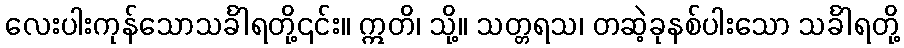
လေးပါးကုန်သောသင်္ခါရတို့၎င်း။ ဣတိ၊ သို့။ သတ္တရသ၊ တဆဲ့ခုနစ်ပါးသော သင်္ခါရတို့